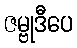
ဇမ္ဗုဒီပေ